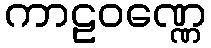
ကာဠဝဏ္ဏေ